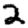
Digit: 2